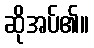
ဆိုအပ်၏။